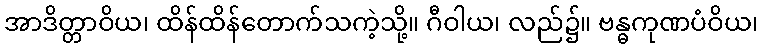
အာဒိတ္တာဝိယ၊ ထိန်ထိန်တောက်သကဲ့သို့။ ဂီဝါယ၊ လည်၌။ ဗန္ဓကုဏပံဝိယ၊